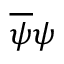
{ \overline { { \psi } } } \psi